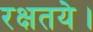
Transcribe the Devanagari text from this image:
रक्षतये।